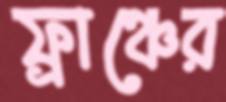
ফ্রাঞ্চের